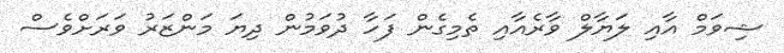
ޝިވަމް އާއި ލަޔާލް ވާރެއާއި ތެމިގެން ފަހާ ދުވަމުން ދިޔަ މަންޒަރު ވަރަށްވެސް